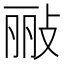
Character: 𫾲